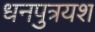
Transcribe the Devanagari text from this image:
धनपुत्रयश